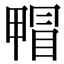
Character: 𤲰